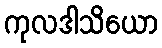
ကုလဒါသိယော